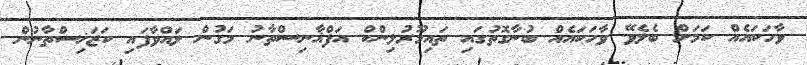
ވާހަކައެއް ކަމަށް ބެލެވޭ ވާހަކައެއް ބުނާގޮތުގައި ތައިމޫރުލިންކް އަފްޣާނިސްތާނު މަގުން ލައްވާފައި ކަޒަޚިސްތާނުން